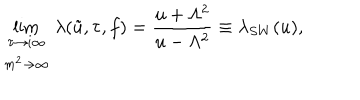
LaTeX: \lim _ { \begin{array} { c } { { \tau \rightarrow i \infty } } \\ { { m ^ { 2 } \rightarrow \infty } } \\ \end{array} } \lambda ( \tilde { u } , \tau , f ) = \frac { u + \Lambda ^ { 2 } } { u - \Lambda ^ { 2 } } \equiv \lambda _ { S W } ( u ) ,